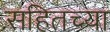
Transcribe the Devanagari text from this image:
सहितच्या